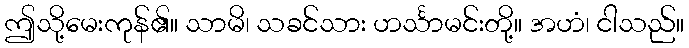
ဤသို့မေးကုန်၏။ သာမိ၊ သခင်သား ဟင်္သာမင်းတို့။ အဟံ၊ ငါသည်။